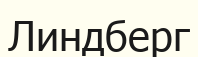
Линдберг